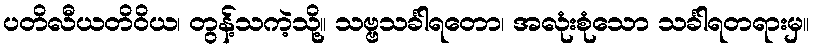
ပတိလီယတိဝိယ၊ တွန့်သကဲ့သို့။ သဗ္ဗသင်္ခါရတော၊ အလုံးစုံသော သင်္ခါရတရားမှ။